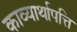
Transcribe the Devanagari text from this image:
काव्यार्थापत्ति